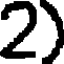
2)